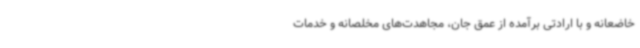
خاضعانه و با ارادتی برآمده از عمق جان، مجاهدت‌های مخلصانه و خدمات